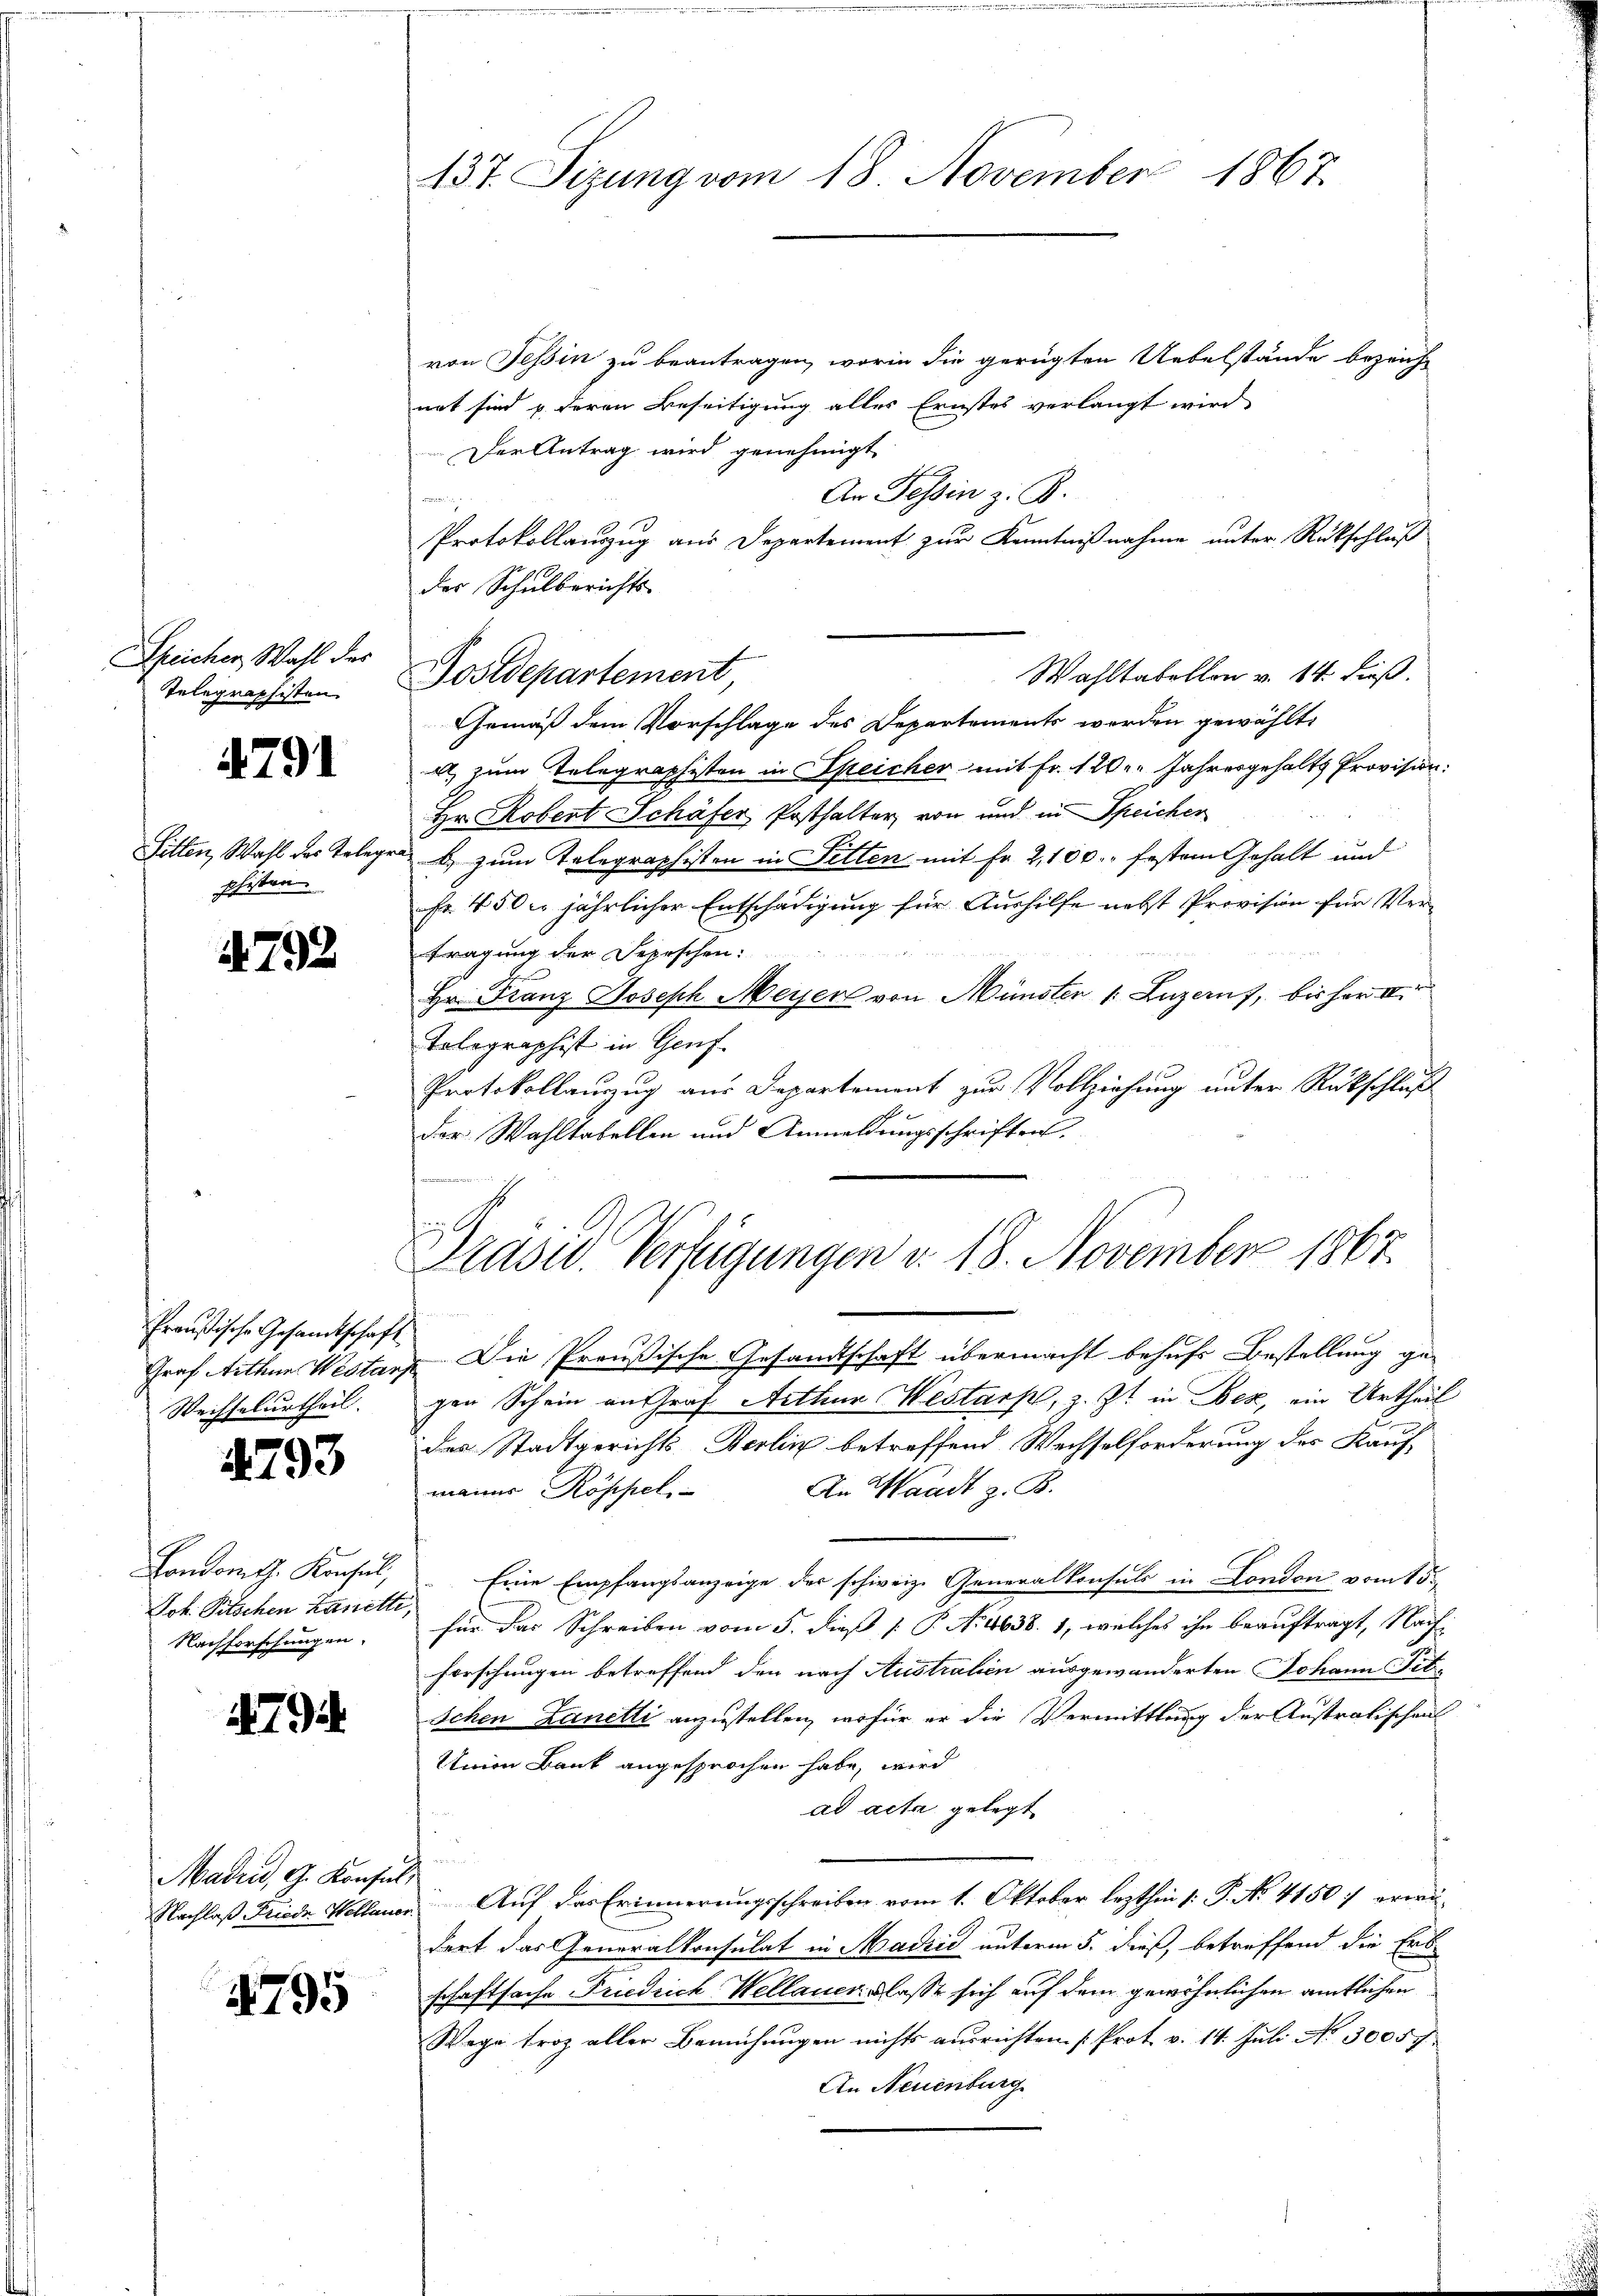
Speicher Wahl des
Telegraphisten

4791

Sitten, Wahl des Telege
phisten.

4792

Preußische Gesandtschaft
Wechselurtheil.

4793

Londomth. Konsul,
Joh. Pitschen Lanette
Nachforschungen.

479

von Tessin zu beantragen, worin die gerügten Uebelstände bezeicht
nat sind u. deren Beseitigung alles Ernstes verlangt wird
Der Antrag wird genehmigt
An Tessin z. B.
e
Protokollauszug aus Departement zur Kenntnißnahme unter Rückschluß
der Schulberichts-
Gemäß dem Vorschlage des Departements werden gewählt:
a zum Telegraphisten in Speicher mit Fr. 120. Jahresgehalts Provision:
Hr. Robert Schäfer Posthalter von und in Speicher
auf
) zum Telegraphisten in Sitten mit Fr. 2100. festem Gehalt und
fr. 450 u. jährlicher Entschädigung für Aushilfe nebst Provision für Ver-
tragung der Depeschen:
Hr. Franz Joseph Meyer von Münster 1. Luzern, bis her II
Tolographist in Genf.
Protokollauszug aus Departement zur Vollziehung unter Rückschluß
.
der Wahltabellen und Anmeldungsschriften,
kommenen

Madia, G. Konsul

4795

137. Sitzung vom 18. November 1867.

Postdepartement,

Wahltabellon v. 14. dieß.

un
Prasw. Verfügungen v. 18. November 1867.

Graf Arthan Westanz Die Preußische Gesandtschaft übermacht behufs Bestellung ge-
gen Schein an Graf Arthur Westark, z. Zt. in Bez, ein Urtheil
des Stadtgerichts-Berlin betreffend Wechselforderung des Kauf
In Waadt z. B.
manns Röppel
Eine Empfangsanzeige der schweiz. Generalkonsuls in London vom 15.
für das Schreiben vom 5. dieß P. No. 4638. 1, welches ihn beauftragt, Nach¬
Forschungen betreffend den nach Austraben ausgewanderten Johann Tit.
Schen Lanetti anzustellen, wofür er die Vermittlung der Austratischen
Union Bank angesprochen habe, wird
ad acta gelegt
u
Nachlaß Friede Hollande Auf das Erinnerungsschreiben vom 1. Oktober lezthin /: P. No. 41507 erwädert das Generalkonsulat in Madzić unterm 5. dieß, betreffend die Erbschaftsache Friedrich Wellandslasse sich auf dem gewöhnlichen amtlichen
Wege troz aller Bemühungen nichts ausrichten (Prot. v. 14. Juli No 30057.
An Neuenburg